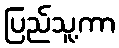
ပြည်သူ့ကာ